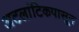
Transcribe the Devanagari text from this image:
अटलांटिकपासून